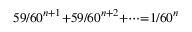
\scriptstyle 5 9 / 6 0 ^ { n + 1 } + 5 9 / 6 0 ^ { n + 2 } + \dots = 1 / 6 0 ^ { n }